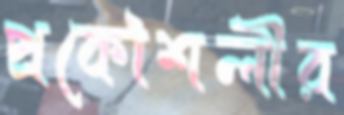
প্রকৌশলীর